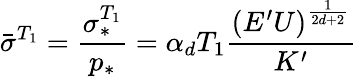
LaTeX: \bar{\sigma}^{T_{1}}=\frac{\sigma_{\ast}^{T_{1}}}{p_{\ast}}=\alpha_{d}T_{1}\frac{\left(E^{\prime}U\right)^{\frac{1}{2d+2}}}{K^{\prime}}